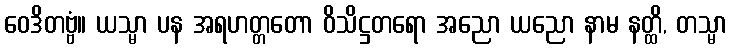
ဝေဒိတဗ္ဗံ။ ယသ္မာ ပန အရဟတ္တတော ဝိသိဋ္ဌတရော အညော ယညော နာမ နတ္ထိ, တသ္မာ